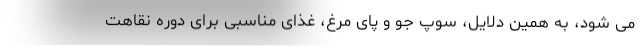
می شود، به همین دلایل، سوپ جو و پای مرغ، غذای مناسبی برای دوره نقاهت